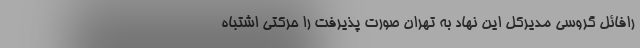
رافائل گروسی مدیرکل این نهاد به تهران صورت پذیرفت را حرکتی اشتباه